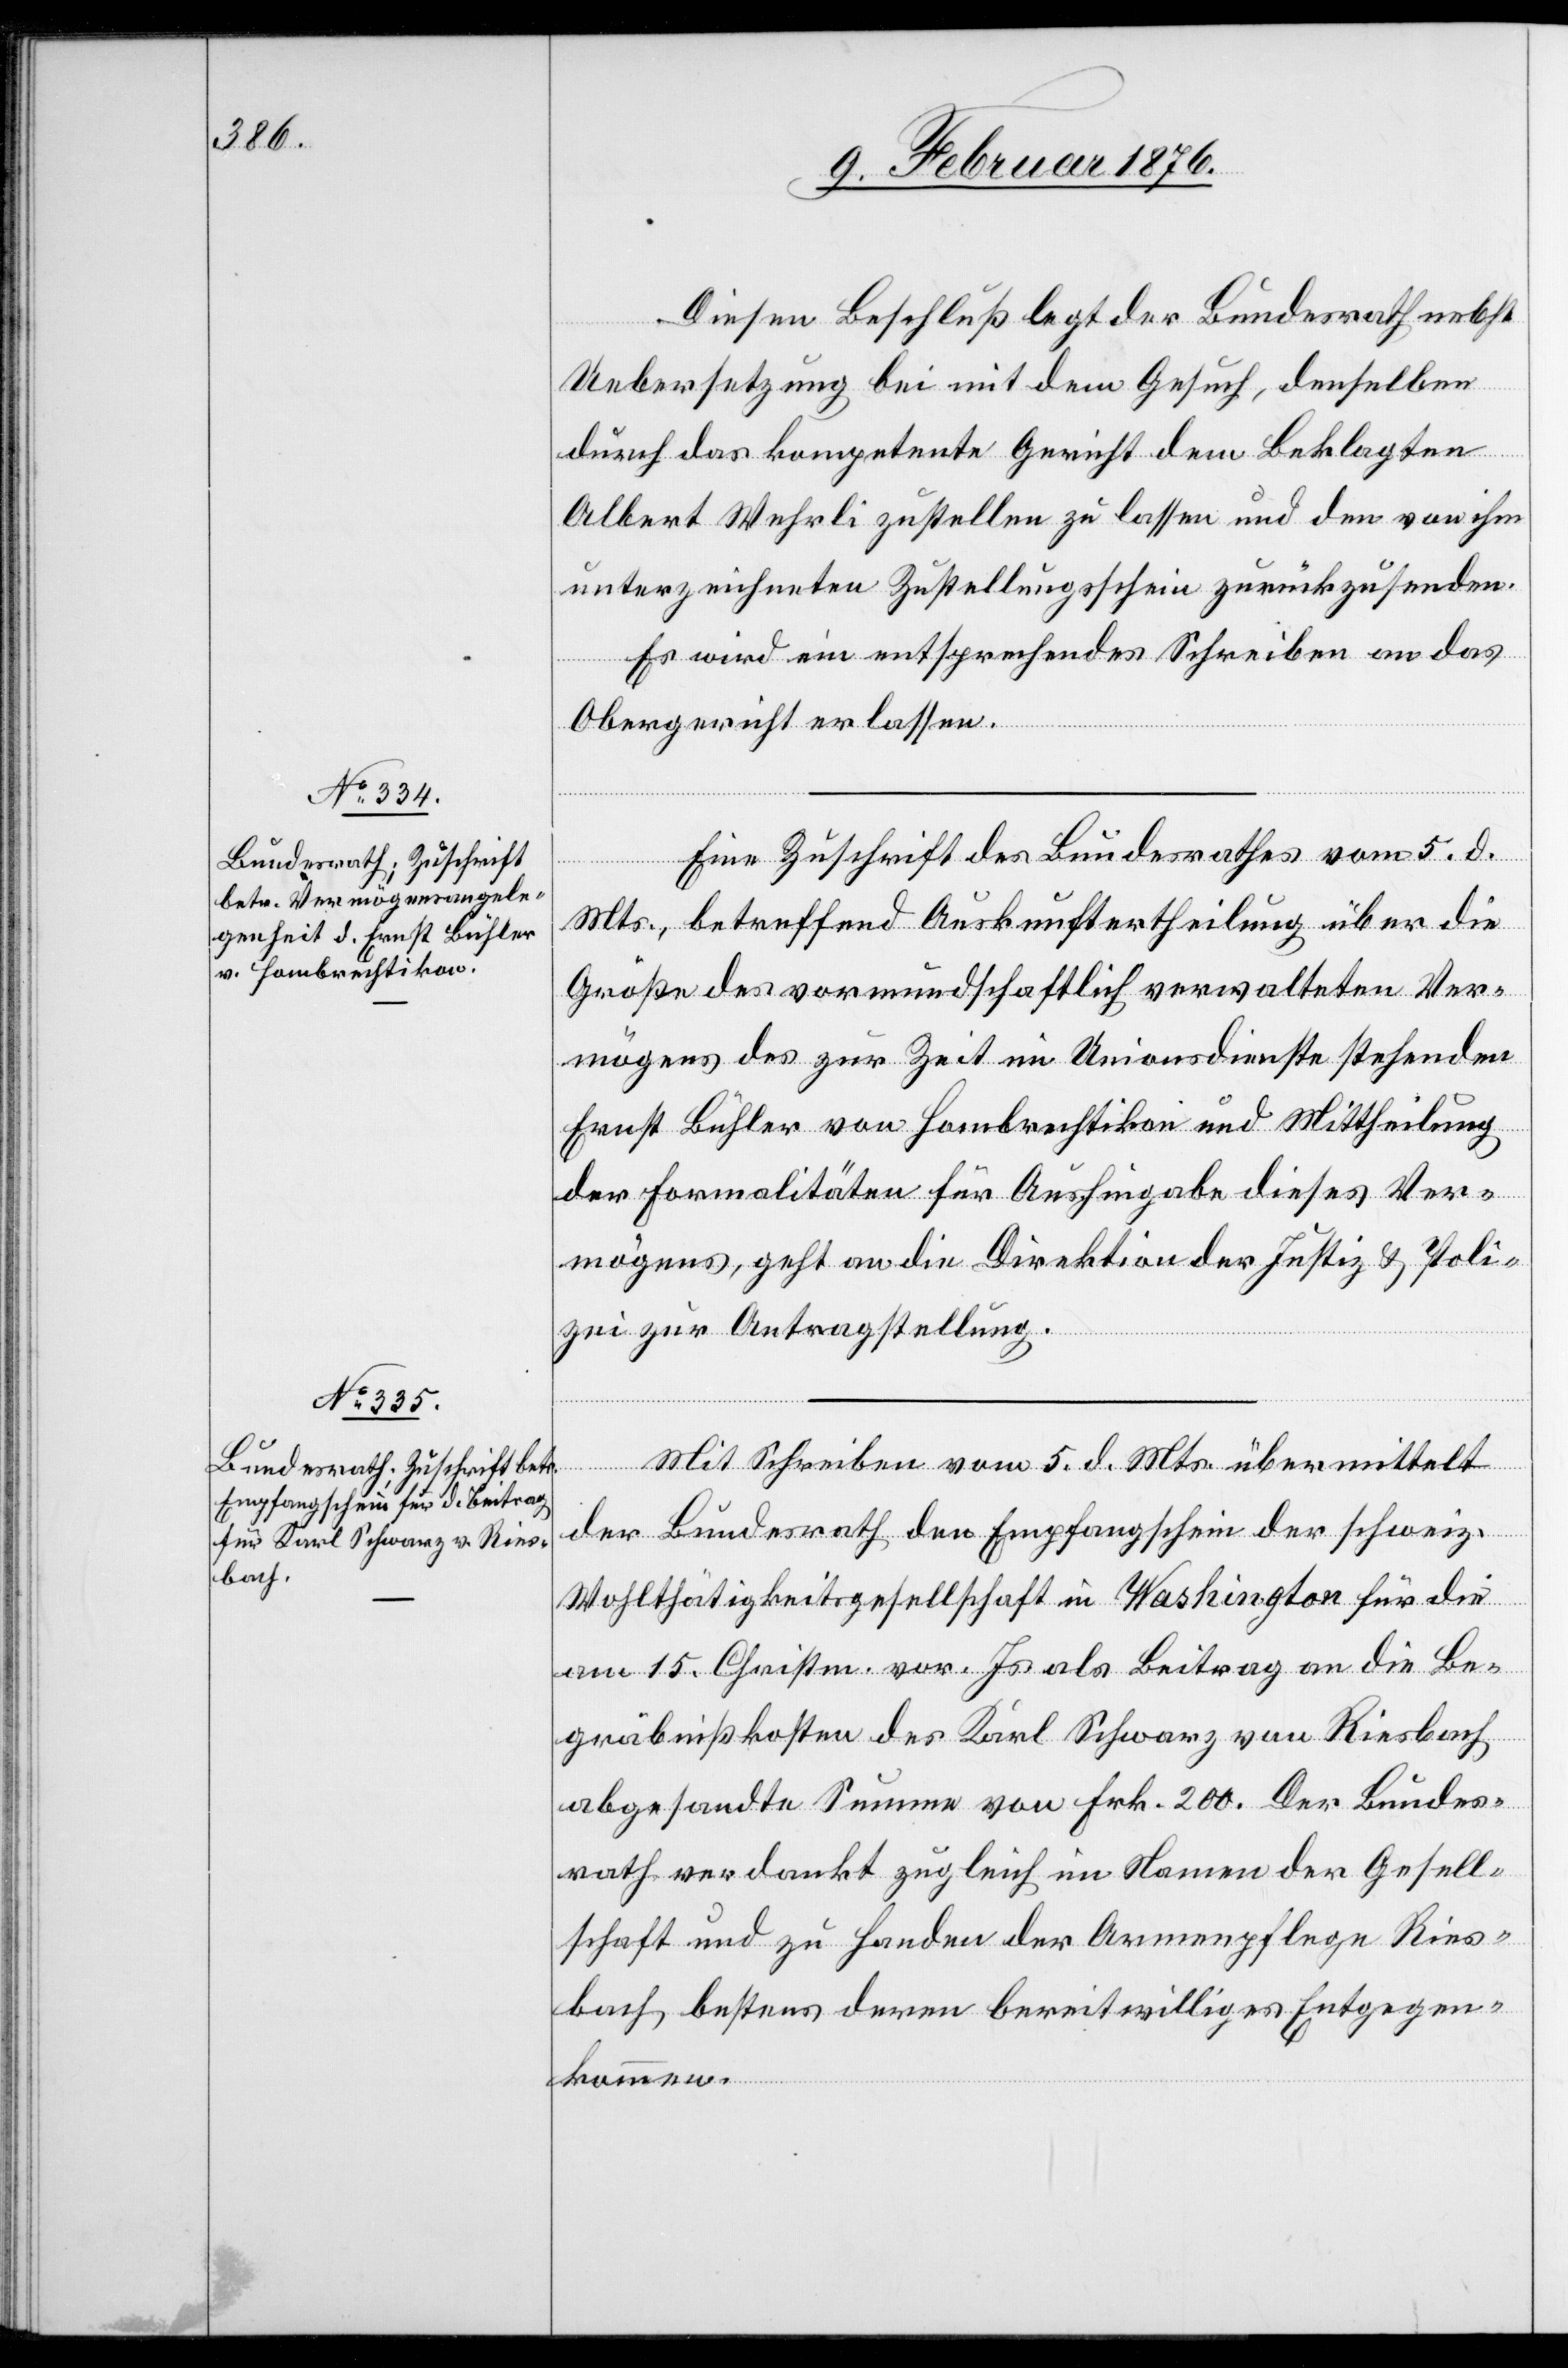
9. Februar 1876.]
Dieser Beschluß legt der Bundesrath nebst
Uebersetzung bei mit dem Gesuch, denselben
durch das kompetente Gericht dem Beklagten
Albert Wehrli zustellen zu lassen und den vom ihm
unterzeichneten Zustellungsschein zurückzusenden.
Es wird ein entsprechendes Scheiben an das
Obergericht erlassen.
Eine Zuschrift des Bundesrath vom 5. d.
Mts., betreffend Auskunftsertheilung über die
Größe des vormundschaftlich verwalteten Ver¬
mögens des zur Zeit im Unionsdienste stehenden
Ernst Bühler von Hombrechtikon und Mittheilung
der Formalitäten für Aushingabe dieses Ver¬
mögens, geht an die Direktion der Justiz & Poli¬
zei zur Antragsstellung.
Mit Schreiben vom 5. d. Mts. übermittelt
der Bundesrath den Empfangsschein der schweiz.
Wohltätigkeitsgesellschaft in Washington für die
vom 15. Christm. vor. Js als Beitrag an die Be¬
gräbnißkosten des Karl Schwarz von Riesbach
abgesandte Summe von Frk. 200. Der Bundes¬
rath verdankt zugleich im Namen der Gesell¬
schaft und zu Handen der Armenpflege Ries¬
bach bestens deren bereitwilliges Entgegen¬
kommen.